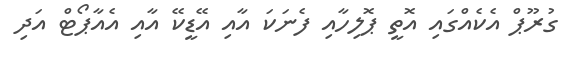
ގުރޫޕް އެކެއްގައި އޮތީ ޕޮލިހާއި ފެނަކަ އާއި އޭޑީކޭ އާއި އެއާޕޯޓް އަދި